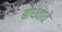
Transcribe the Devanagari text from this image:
बोधवावे